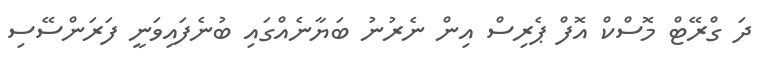
ދަ ގްރޭޓް މޮސްކް އޮފް ޕެރިސް އިން ނެރުނު ބަޔާނެއްގައި ބުނެފައިވަނީ ފަރަންސޭސި